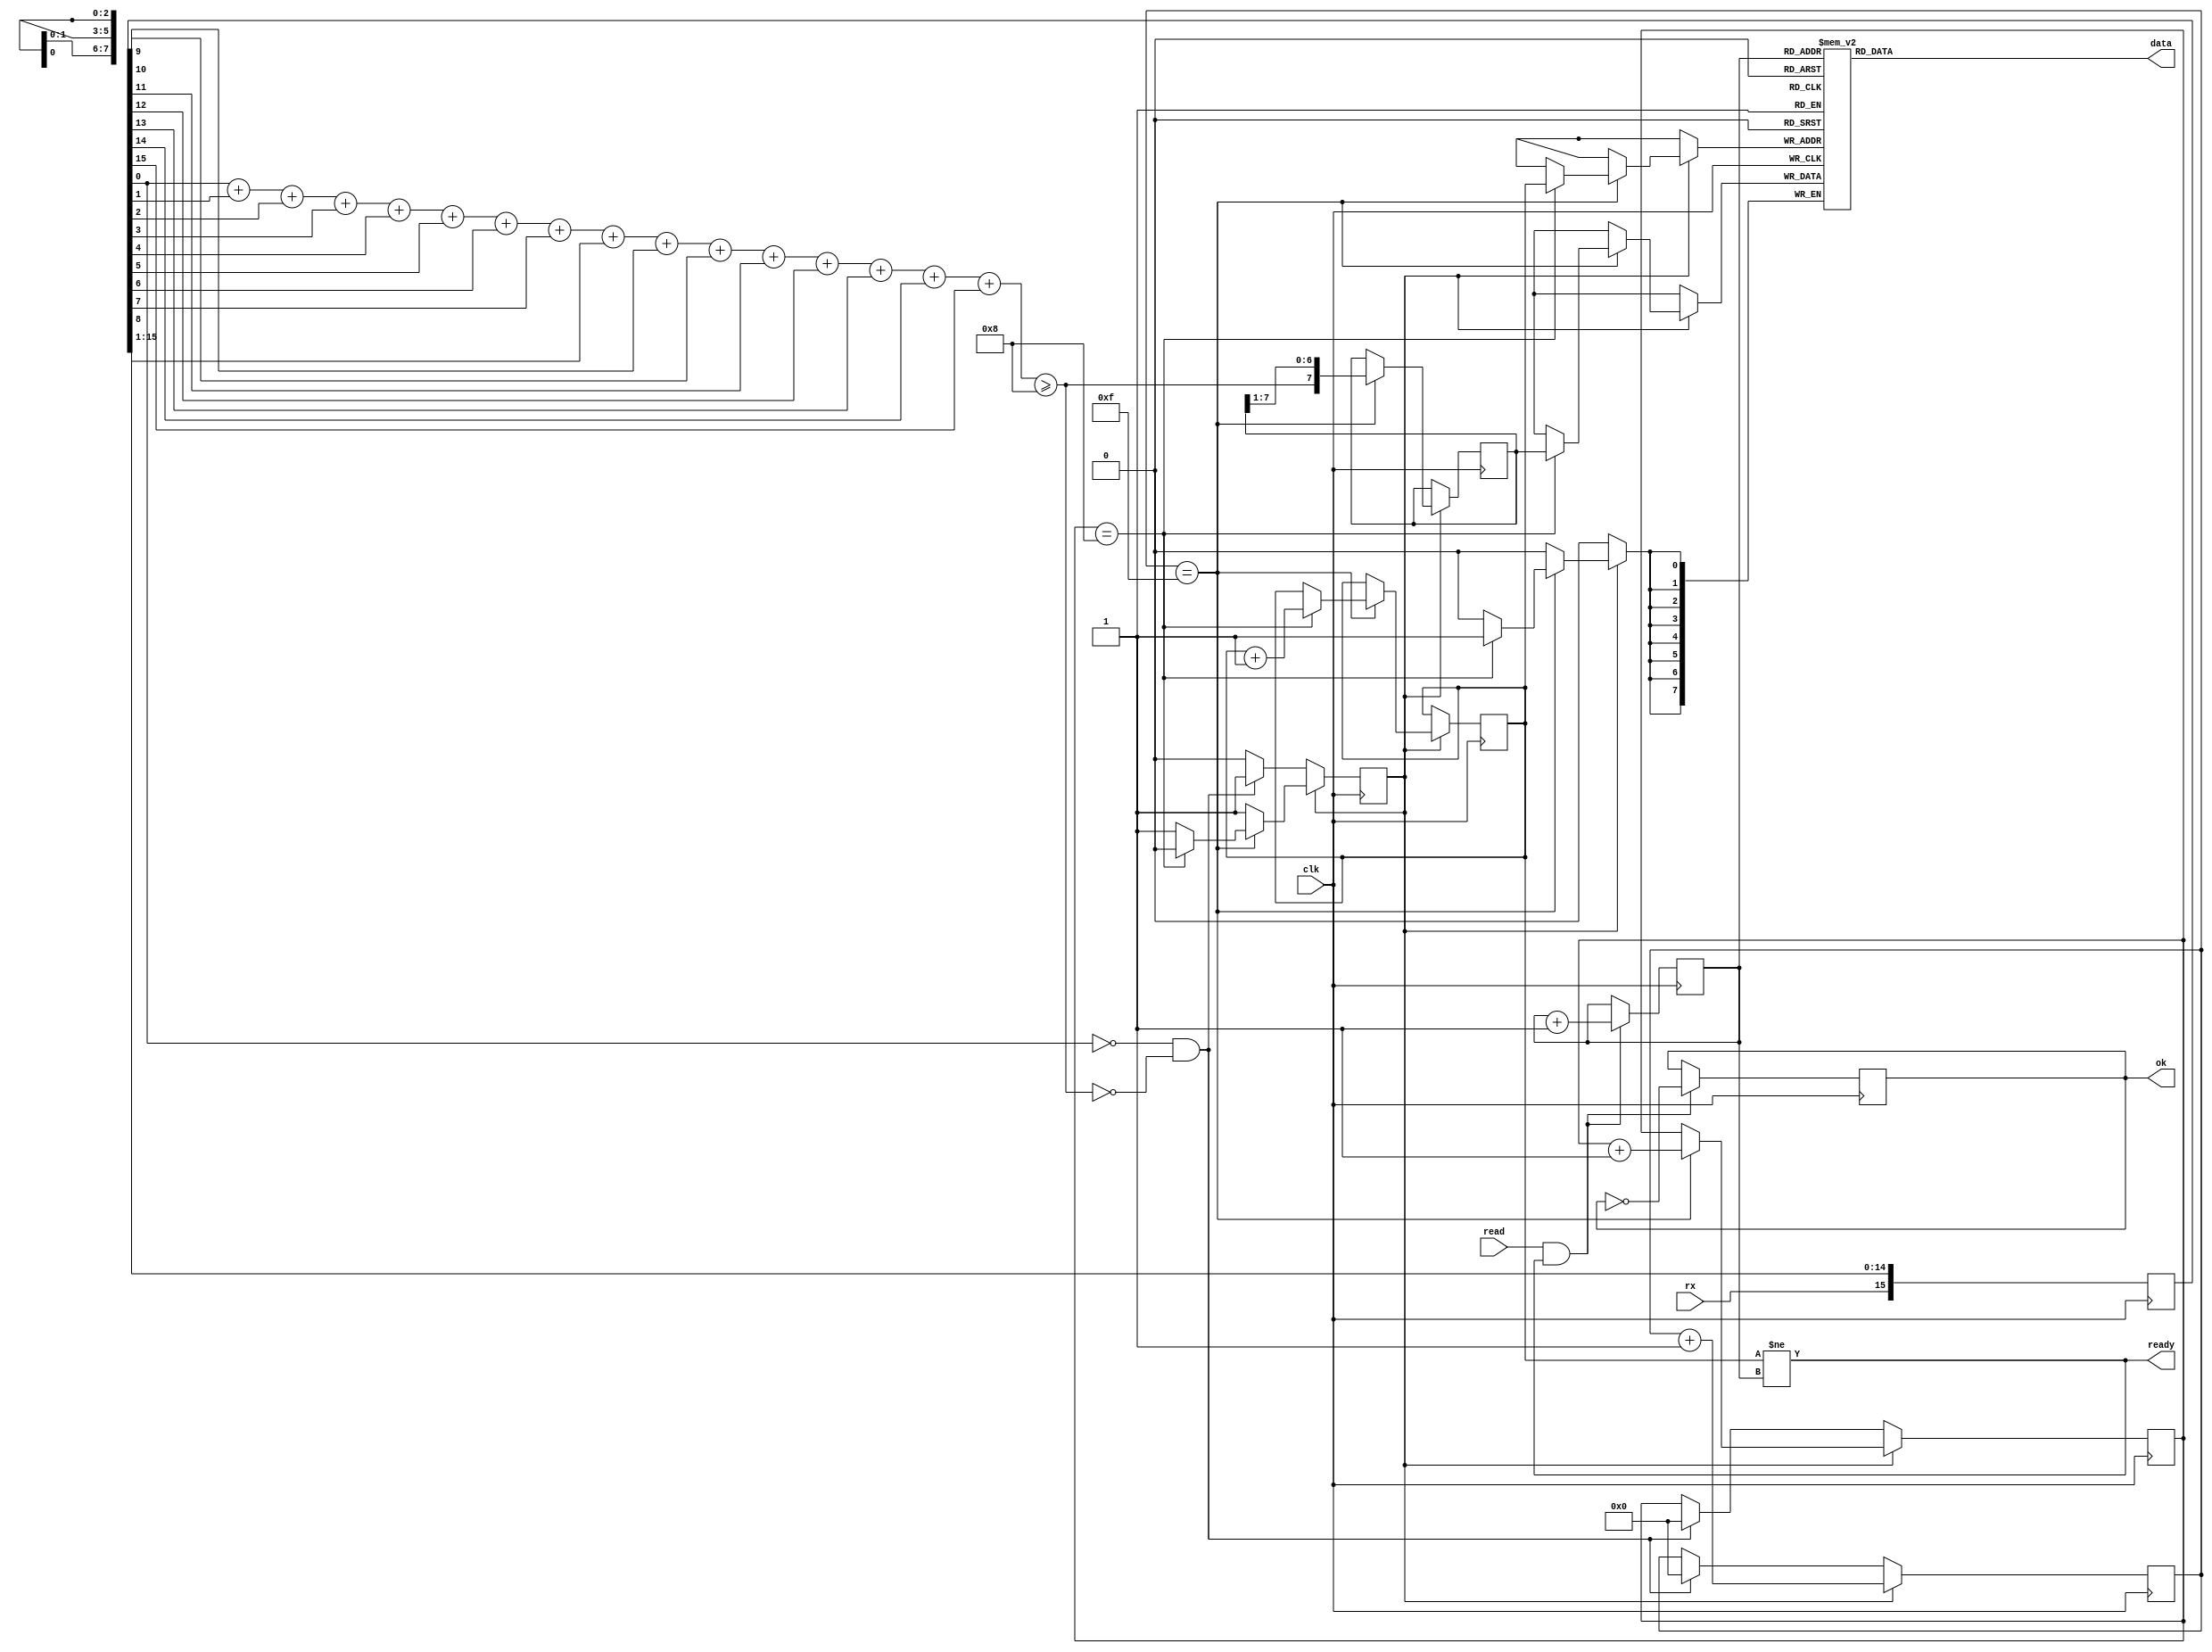
module uart_recv(
	input clk,
	input rx,
	
	input read,
	
	output ready,
	output [7:0]data,
	output reg ok = 1'b0
);

reg [7:0]fifo[7:0];
reg [2:0]w_ptr = 3'h0;
reg [2:0]r_ptr = 3'h0;

reg [15:0]sampling;
reg [7:0]record;

reg state = 1'b0;
reg [3:0]cnt_sampling;
reg [3:0]cnt_record;

wire [4:0]cnt1 = sampling[0] +
                 sampling[1] +
					  sampling[2] +
					  sampling[3] +
					  sampling[4] +
					  sampling[5] +
					  sampling[6] +
					  sampling[7] +
					  sampling[8] +
					  sampling[9] +
					  sampling[10] +
					  sampling[11] +
					  sampling[12] +
					  sampling[13] +
					  sampling[14] +
					  sampling[15];

wire b = cnt1 >= 5'h8;
assign ready = w_ptr != r_ptr;
assign data = fifo[r_ptr];

always @(posedge clk) begin
	if(state == 1'b0) begin //waiting
		if(sampling[0] == 1'b0 && ~b) begin
			state <= 1'b1;
			cnt_sampling <= 4'h0;
			cnt_record <= 4'h0;
		end
	end else begin
		if(cnt_sampling == 4'hf) begin
			if(cnt_record == 4'h8) begin
				state <= 1'b0;
				fifo[w_ptr] <= record;
				w_ptr <= w_ptr + 3'h1;
			end
			cnt_record <= cnt_record + 4'h1;
			record <= {b, record[7:1]};
		end
		cnt_sampling <= cnt_sampling + 4'h1;
	end
	sampling <= {rx, sampling[15:1]};
	
	if(read && (w_ptr != r_ptr)) begin
		r_ptr <= r_ptr + 3'h1;
		ok <= ~ok;
	end
end

endmodule